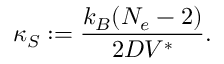
\kappa _ { S } : = \frac { k _ { B } ( N _ { e } - 2 ) } { 2 D V ^ { \ast } } .